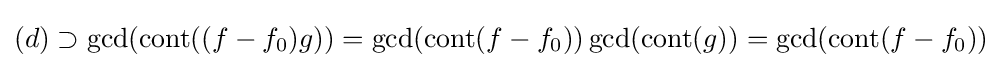
(d)\supset \operatorname {gcd} (\operatorname {cont} ((f-f_{0})g))=\operatorname {gcd} (\operatorname {cont} (f-f_{0}))\operatorname {gcd} (\operatorname {cont} (g))=\operatorname {gcd} (\operatorname {cont} (f-f_{0}))